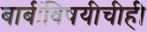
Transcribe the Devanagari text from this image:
बाबींविषयीचीही